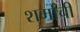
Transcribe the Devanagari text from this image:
शर्माची